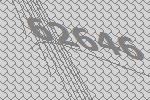
62646